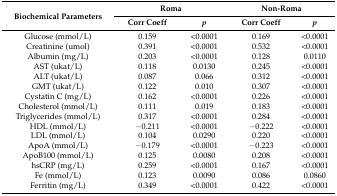
| <ROWSPAN=2> Biochemical Parameters | <COLSPAN=2> Roma | <COLSPAN=2> Non-Roma |
 | Corr Coeff | p | Corr Coeff | p |
 | --- | --- | --- | --- | --- |
 | Glucose (mmol/L) | 0.159 | <0.0001 | 0.169 | <0.0001 |
 | Creatinine (umol) | 0.391 | <0.0001 | 0.532 | <0.0001 |
 | Albumin (mg/L) | 0.203 | <0.0001 | 0.128 | 0.0110 |
 | AST (ukat/L) | 0.118 | 0.0130 | 0.245 | <0.0001 |
 | ALT (ukat/L) | 0.087 | 0.066 | 0.312 | <0.0001 |
 | GMT (ukat/L) | 0.122 | 0.010 | 0.307 | <0.0001 |
 | Cystatin C (mg/L) | 0.162 | <0.0001 | 0.226 | <0.0001 |
 | Cholesterol (mmol/L) | 0.111 | 0.019 | 0.183 | <0.0001 |
 | Triglycerides (mmol/L) | 0.317 | <0.0001 | 0.284 | <0.0001 |
 | HDL (mmol/L) | −0.211 | <0.0001 | −0.222 | <0.0001 |
 | LDL (mmol/L) | 0.104 | 0.0290 | 0.220 | <0.0001 |
 | ApoA (mmol/L) | −0.179 | <0.0001 | −0.223 | <0.0001 |
 | ApoB100 (mmol/L) | 0.125 | 0.0080 | 0.208 | <0.0001 |
 | hsCRP (mg/L) | 0.259 | <0.0001 | 0.167 | <0.0001 |
 | Fe (mmol/L) | 0.123 | 0.0090 | 0.086 | 0.0860 |
 | Ferritin (mg/L) | 0.349 | <0.0001 | 0.422 | <0.0001 |